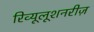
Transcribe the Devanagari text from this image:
रिव्यूलूशनरीज़